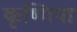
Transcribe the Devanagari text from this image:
कृष्णिया